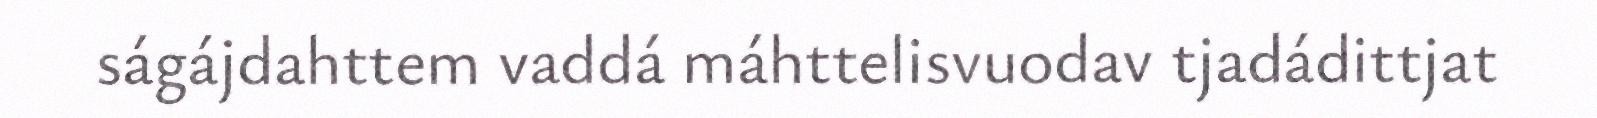
ságájdahttem vaddá máhttelisvuodav tjadádittjat